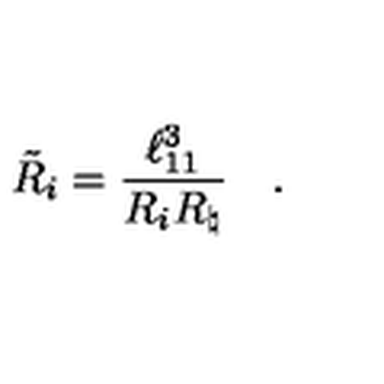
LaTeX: { \tilde { R } } _ { i } = { \frac { \ell _ { 1 1 } ^ { 3 } } { R _ { i } R _ { \natural } } } \quad .